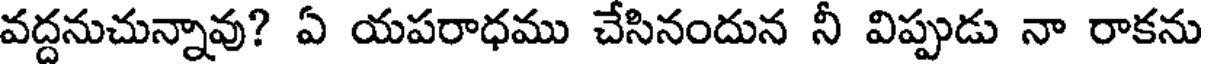
వద్దనుచున్నావు? ఏ యపరాధము చేసినందున నీ విప్పుడు నా రాకను